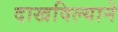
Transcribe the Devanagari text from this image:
दाखविल्याने